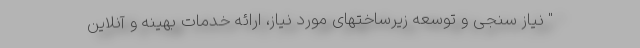
" نیاز سنجی و توسعه زیرساختهای مورد نیاز، ارائه خدمات بهینه و آنلاین